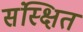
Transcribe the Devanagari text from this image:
संस्क्षित